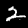
Label: 2